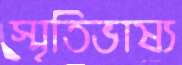
স্মৃতিভাষ্য